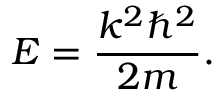
E = { \frac { k ^ { 2 } \hbar ^ { 2 } } { 2 m } } .